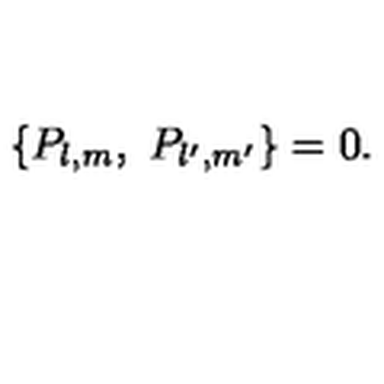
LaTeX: \{ P _ { l , m } , \ P _ { l ^ { \prime } , m ^ { \prime } } \} = 0 .